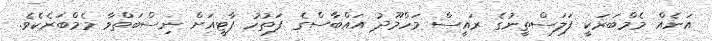
އަނެއް މެމްބަރަކީ ފަލަސްތީނުގެ ރައީސް މަހްމޫދު އައްބާސްގެ ފަތުހު ޕާޓީއަށް ނިސްބަތްވާ މެމްބަރެކެވެ.